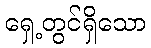
ရှေ့တွင်ရှိသော